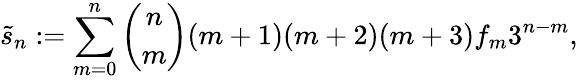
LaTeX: {\widetilde{s}}_{n}:=\sum_{m=0}^{n}{\binom{n}{m}}(m+1)(m+2)(m+3)f_{m}3^{n-m},